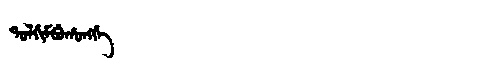
Manchu: ᡨᠣᠯᡤᡳᠮᠪᡠᡥᠣᠩᡤᡝ
Romanization: TOLGIMBUHONGGE